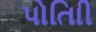
પોતાિી